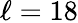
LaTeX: \ell=18